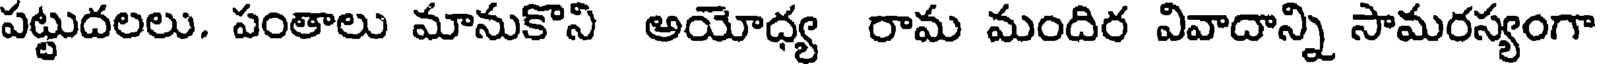
పట్టుదలలు. పంతాలు మానుకొని అయోధ్య రామ మందిర వివాదాన్ని సామరస్యంగా